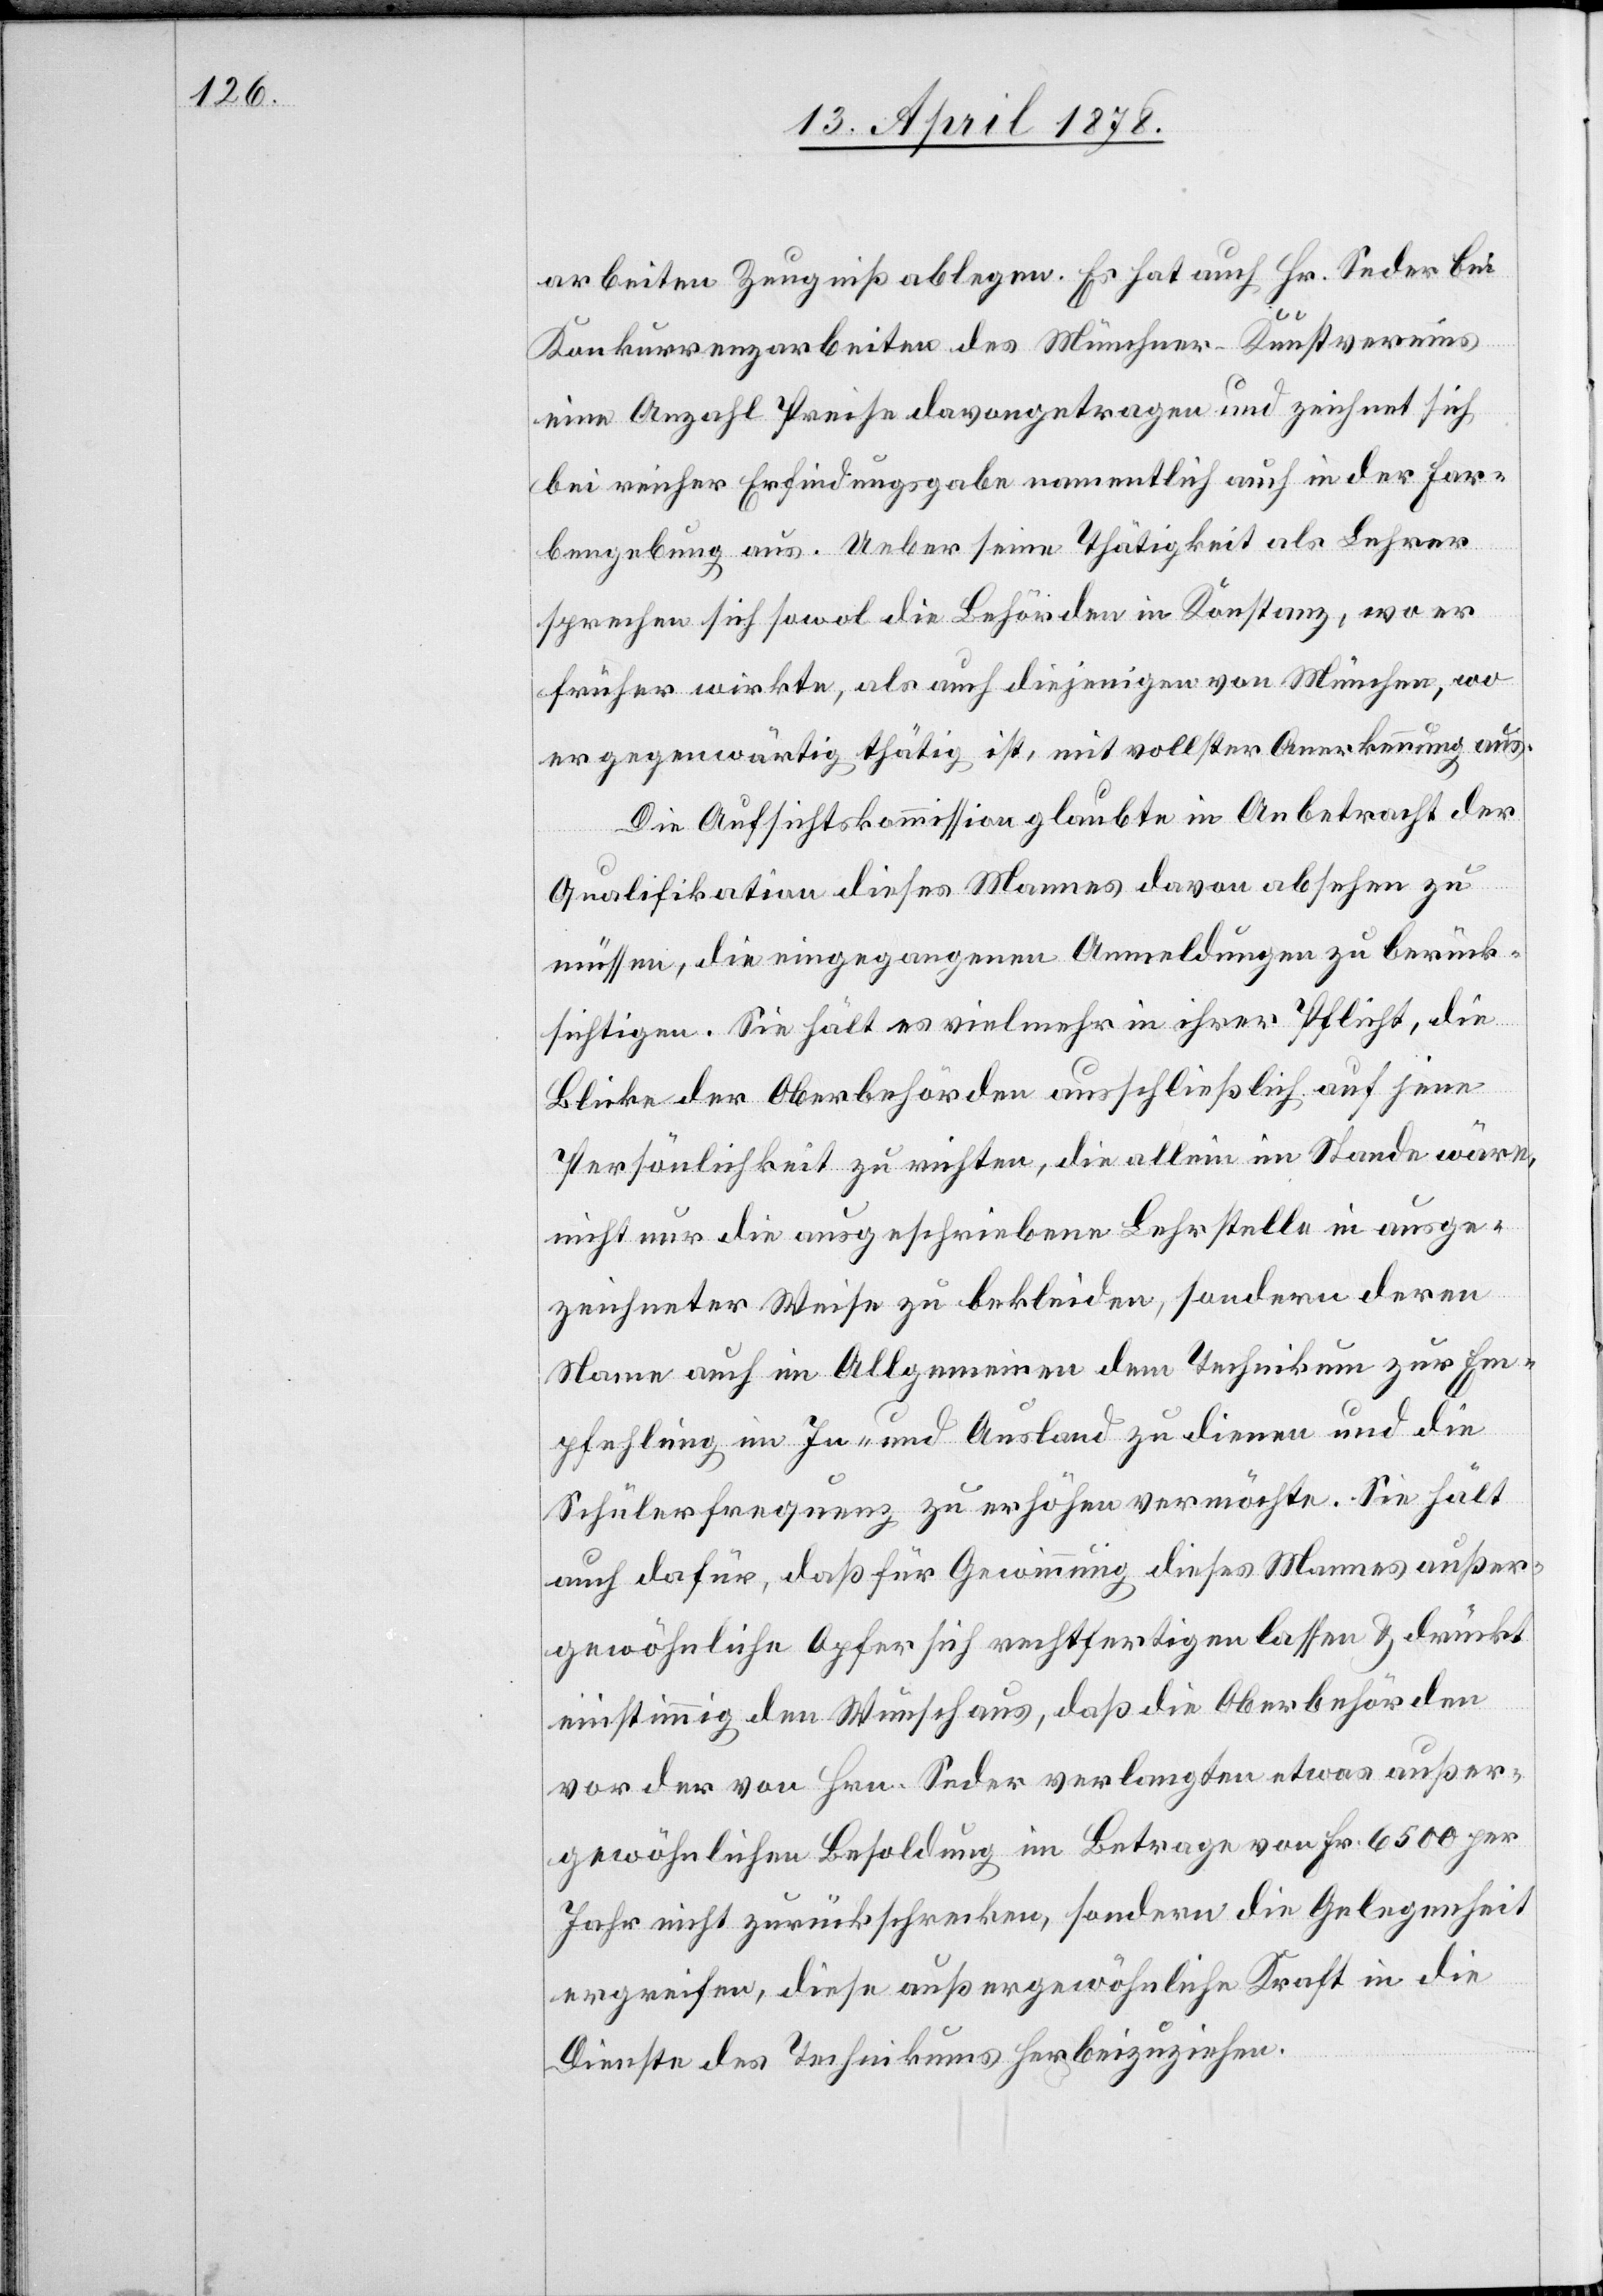
arbeiten Zeugniß ablegen. Es hat auch Hr. Seder bei
Konkurrenzarbeiten des Münchner-Kunstvereins
eine Anzahl Preise davongetragen und zeichnet sich
bei reicher Erfindungsgabe namentlich auch in der Far¬
bengebung aus. Ueber seine Thätigkeit als Lehrer
sprechen sich sowol die Behörden in Konstanz, wo er
früher wirkte, als auch diejenigen von München, wo
er gegenwärtig thätig ist, mit vollster Anerkennung aus.
Die Aufsichtskommission glaubte in Anbetracht der
Qualifikation dieses Mannes davon absehen zu
müssen, die eingegangenen Anmeldungen zu berück¬
sichtigen. Sie hält es vielmehr in ihrer Pflicht, die
Blicke der Oberbehörden ausschließlich auf jene
Persönlichkeit zu richten, die allein im Stande wäre,
nicht nur die ausgeschriebene Lehrstelle in ausge¬
zeichneter Weise zu bekleiden, sondern deren
Name auch im Allgemeinen dem Technikum zur Em¬
pfehlung im In- und Ausland zu dienen und die
Schülerfrequenz zu erhöhen vermöchte. Sie hält
auch dafür, daß für Gewinnung dieses Mannes außer¬
gewöhnliche Opfer sich rechtfertigen lassen & drückt
einstimmig den Wunsch aus, daß die Oberbehörden
vor der von Hrn. Seder verlangten etwas außer¬
gewöhnlichen Besoldung im Betrage von Fr. 6500 per
Jahr nicht zurückschrecken, sondern die Gelegenheit
ergreifen, diese außergewöhnliche Kraft in die
Dienste des Technikums herbeizuziehen.